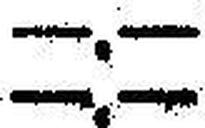
—.—